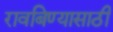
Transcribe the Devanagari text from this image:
रावबिण्यासाठी